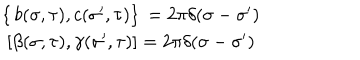
\begin{array} { c c } { { \left\{ \, b ( \sigma , \tau ) , c ( { \sigma } ^ { \prime } , \tau ) \right\} \, = 2 \pi \delta ( \sigma - { \sigma } ^ { \prime } ) } } & { { } } \\ { { \left[ \beta ( \sigma , \tau ) , \gamma ( { \sigma } ^ { \prime } , \tau ) \right] = 2 \pi \delta ( \sigma - { \sigma } ^ { \prime } ) } } & { { } } \\ \end{array}